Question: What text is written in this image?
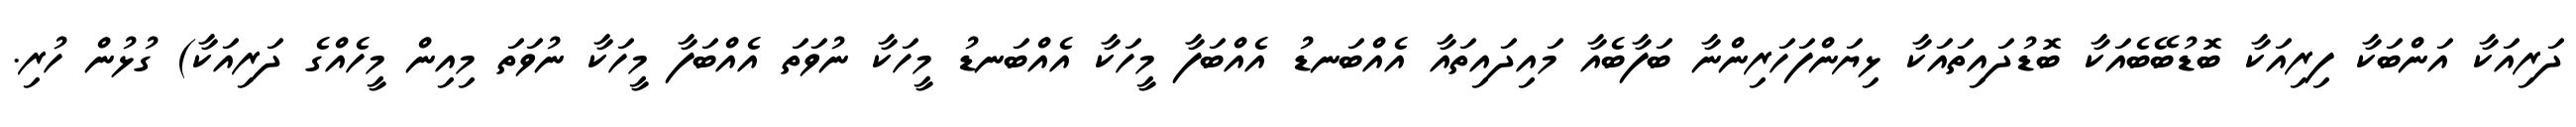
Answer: ދަރިއަކާ އަންބަކާ ފިރިއަކާ ބޮޑުބޭބެއަކާ ބޮޑުދައިތައަކާ ޅިޔަންފަހަރިންނާ ބަފާބެއާ މައިދައިތައާ އެއްބަނޑު އެއްބަފާ މީހަކާ އެއްބަނޑު މީހަކާ ނުވަތަ އެއްބަފާ މީހަކާ ނުވަތަ މިއިން މީހެއްގެ ދަރިއަކާ) ގުޅުން ހުރި.